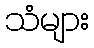
သံများ